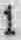
1